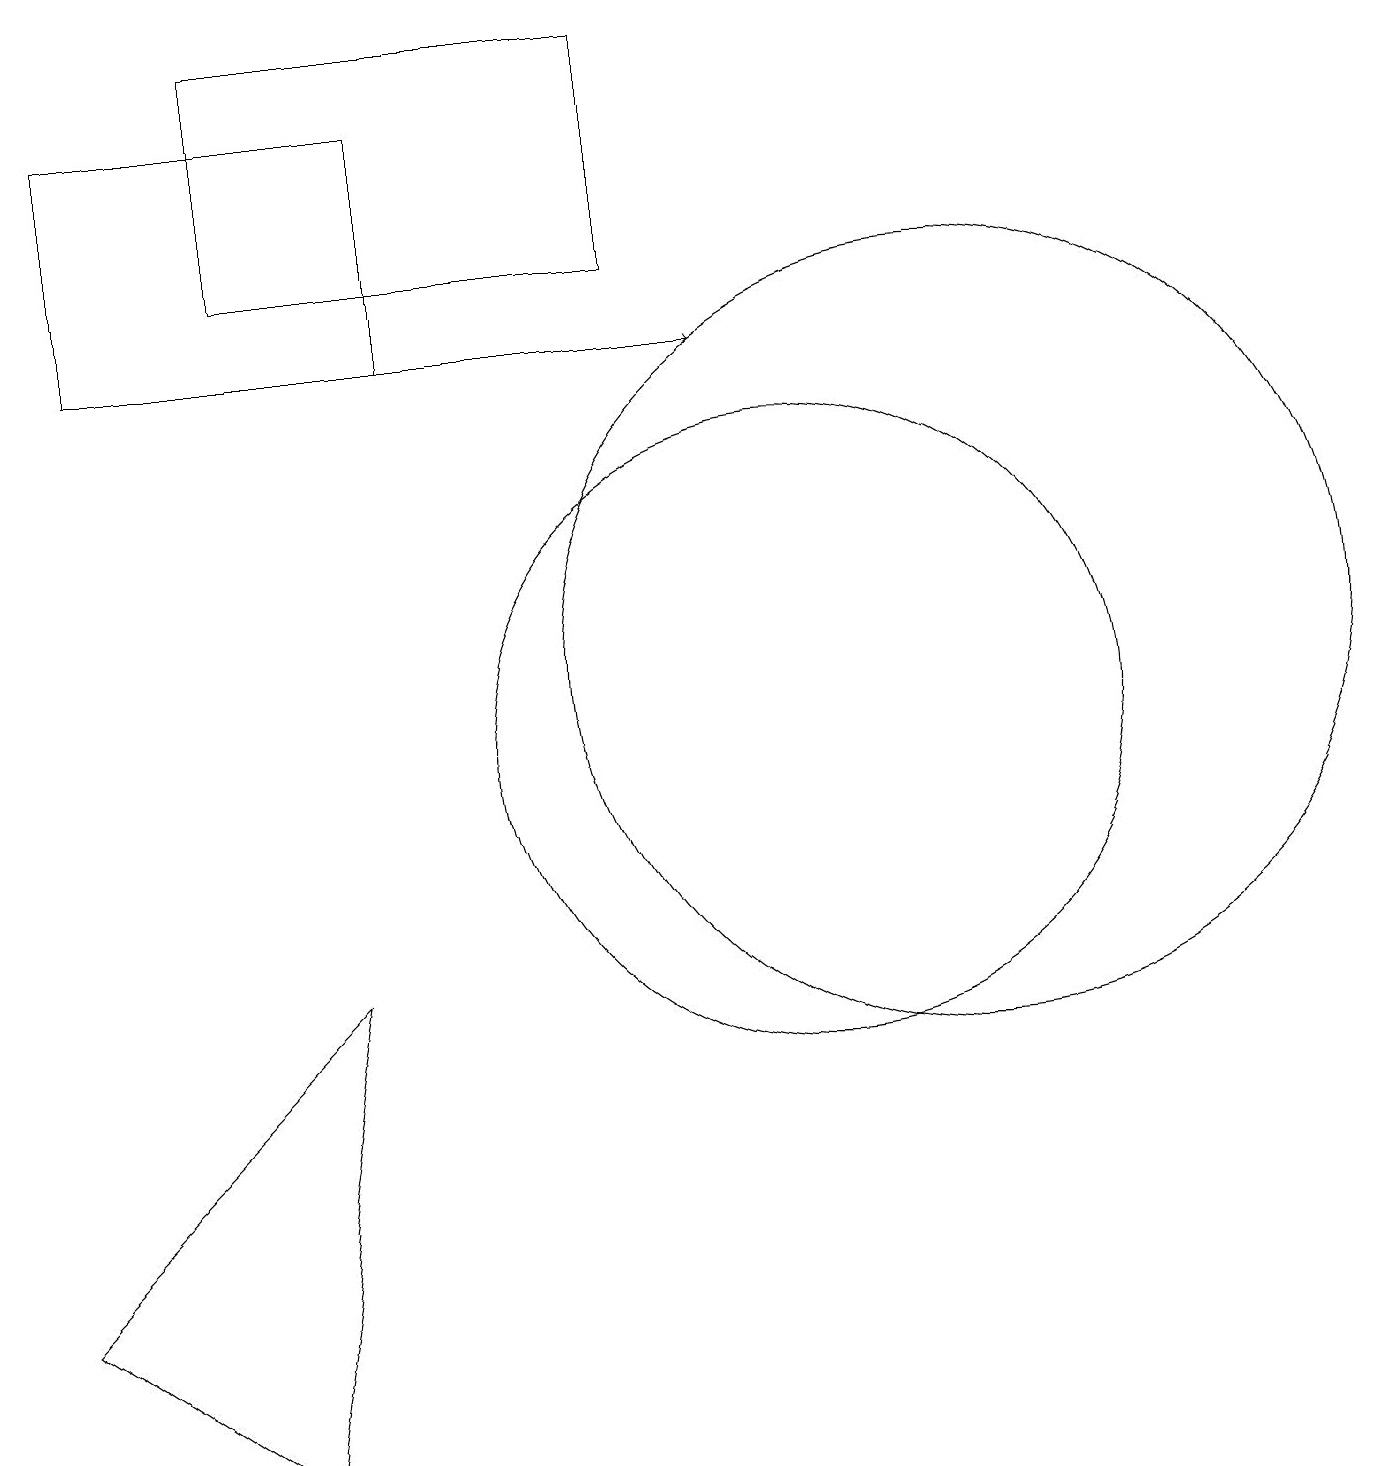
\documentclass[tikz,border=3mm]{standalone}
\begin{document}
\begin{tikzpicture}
\draw[->] (4,15) -- (9,15);
\draw (1,15) rectangle (5,18);
\draw (4,7) -- (0,3) -- (3,1) -- cycle;
\draw (10,10) circle (4);
\draw (12,11) circle (5);
\draw (3,16) rectangle (8,19);
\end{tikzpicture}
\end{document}